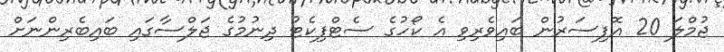
ޖުމްލަ 20 އޮފިސަރުން ބައިވެރިވި އެ ކޯހުގެ ސެޓްފިކެޓު ދިނުމުގެ ޖަލްސާގައި ބައިބެރިންނަށް